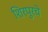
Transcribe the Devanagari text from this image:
शिरपुरचे